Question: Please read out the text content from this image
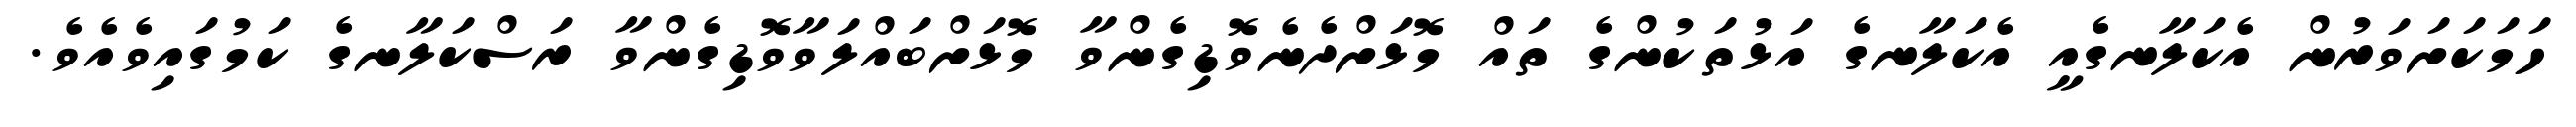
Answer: ހަމަކަށަވަރުން އެކަލާނގެއީ އެކަލާނގެ އަޅުތަކުންގެ ތައް މޮޅަށްދެނެވޮޑިގެންވާ މޮޅަށްބައްލަވާވޮޑިގެންވާ ރަސްކަލާނގެ ކަމުގައިވެއެވެ.